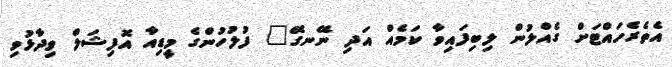
އެތެރެހައްޓަށް ގެއްލުން ލިބިފައިވާ ކަމެއް އަދި ނޭނގޭ" ފުލުހުންގެ މީޑިއާ އޮފިޝަލް ވިދާޅުވި